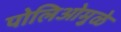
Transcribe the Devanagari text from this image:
पोलिओमुळे